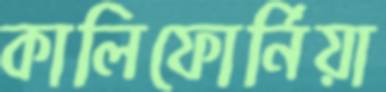
কালিফোর্নিয়া